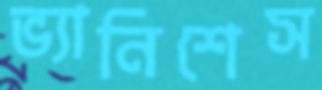
ভ্যানিশেস